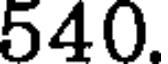
540.